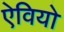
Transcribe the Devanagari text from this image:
ऐवियो